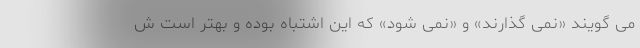
می گویند «نمی گذارند» و «نمی شود» که این اشتباه بوده و بهتر است ش